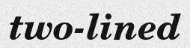
two-lined